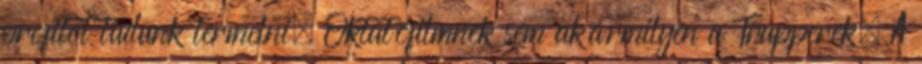
profitot tudunk termelni. Oktatófilmnek sem akármilyen a Trapperek. A